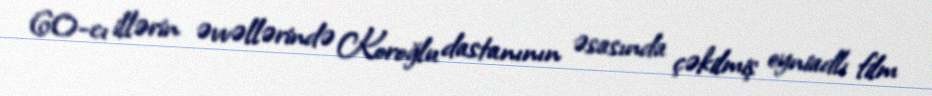
60-cı illərin əvvəllərində Koroğlu dastanının əsasında çəkilmiş eyniadlı film